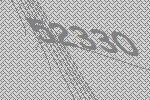
52330